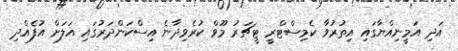
އަދި އަމީނިއްޔާގައި އިތުރުވާ ކެމިސްޓްރީ ޓީޗަރު މޫވް ކުރެވިދާނެ އިސްކަންދަރުގައި އަލަށް އުފެއްދި